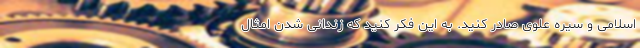
اسلامی و سیره علوی صادر کنید. به این فکر کنید که زندانی شدن امثال